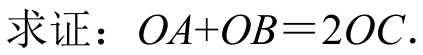
求证：\(OA + OB = 2OC\).